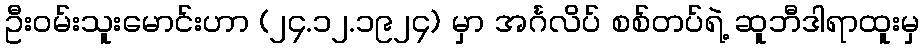
ဦးဝမ်းသူးမောင်းဟာ (၂၄.၁၂.၁၉၂၄) မှာ အင်္ဂလိပ် စစ်တပ်ရဲ့ ဆူဘီဒါရာထူးမှ